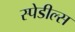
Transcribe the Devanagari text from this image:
स्पेडील्स